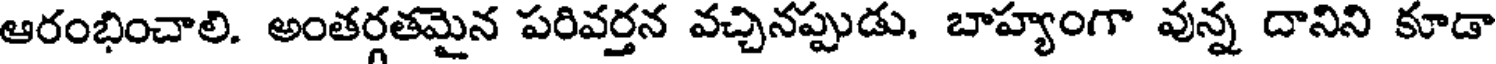
ఆరంభించాలి. అంతర్గతమైన పరివర్తన వచ్చినప్పుడు, బాహ్యంగా వున్న దానిని కూడా